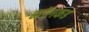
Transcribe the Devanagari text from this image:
मॉलकडे